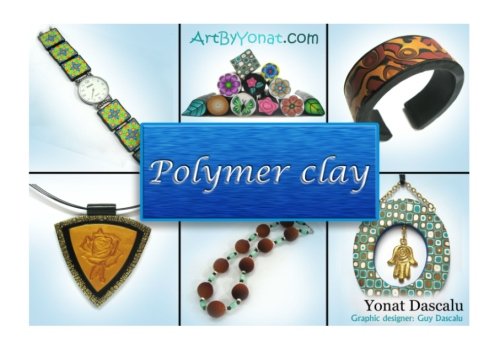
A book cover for Polymer clay: All the basic and advanced techniques you need to create with polymer clay. (Volume 1); Yonat Dascalu; Crafts, Hobbies & Home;